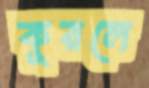
কুরলে